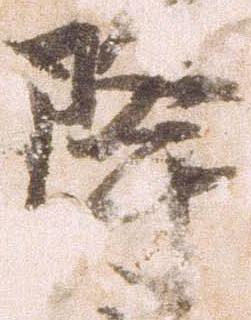
降